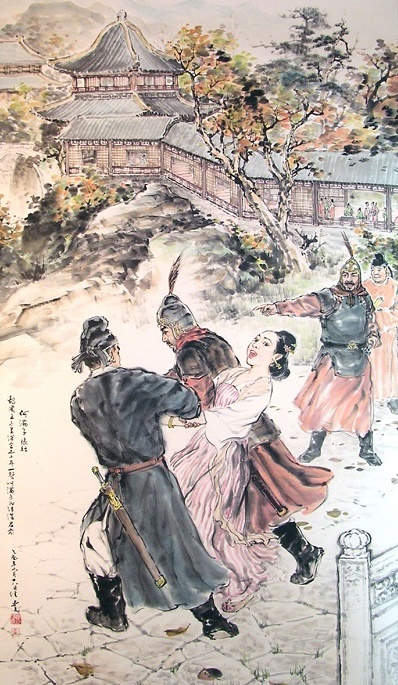
一声何满子，双泪落君前。